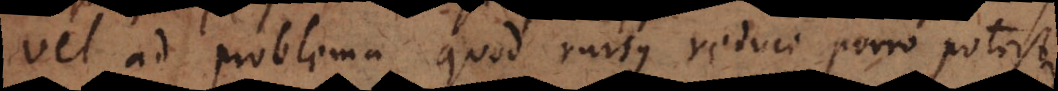
vel ad problema quod rursus reduci porro potest